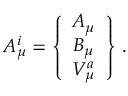
{ \cal A } _ { \mu } ^ { i } = \left\{ \begin{array} { c c c } { { A _ { \mu } } } \\ { { B _ { \mu } } } \\ { { V _ { \mu } ^ { a } } } \end{array} \right\} \, .